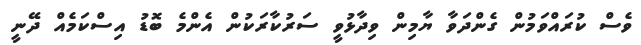
ވެސް ކުރައްވަމުން ގެންދަވާ ޔާމިން ވިދާޅުވީ ސަރުކާރަކުން އެންމެ ބޮޑު އިސްކަމެއް ދޭނީ